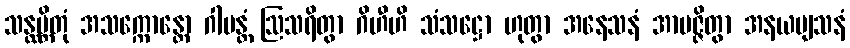
သန္ထမ္ဘိတုံ အသက္ကောန္တော ဂါမန္တံ ဩသရိတွာ ဂိဟီဟိ သံသဋ္ဌော ဟုတွာ အနေသနံ အာပဇ္ဇိတွာ အနယဗျသနံ